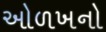
ઓળખનો